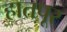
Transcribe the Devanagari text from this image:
हातपूर